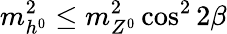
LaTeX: m_{h^{0}}^{2}\leq m_{Z^{0}}^{2}\cos^{2}2\beta